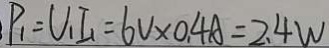
P _ { 1 } = U _ { 1 } I _ { 1 } = 6 V \times 0 . 4 A = 2 . 4 W